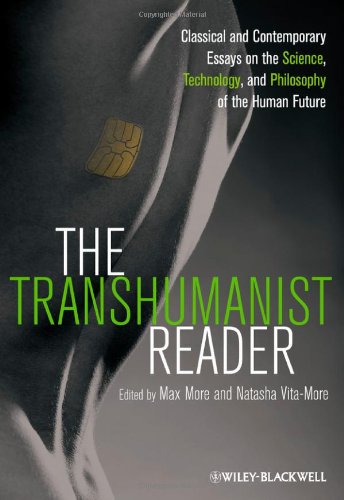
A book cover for The Transhumanist Reader: Classical and Contemporary Essays on the Science, Technology, and Philosophy of the Human Future; Medical Books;